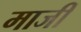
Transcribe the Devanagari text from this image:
माजीं